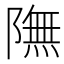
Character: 𨼊